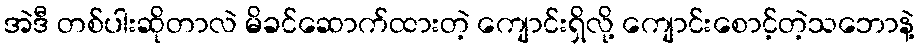
အဲဒီ တစ်ပါးဆိုတာလဲ မိခင်ဆောက်ထားတဲ့ ကျောင်းရှိလို့ ကျောင်းစောင့်တဲ့သဘောနဲ့